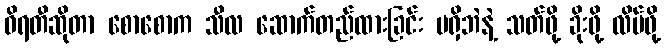
ဝိရတီဆိုတာ စောစောက သီလ ဆောက်တည်ထားခြင်း မရှိဘဲနဲ့ သတ်ဖို့ ခိုးဖို့ လိမ်ဖို့